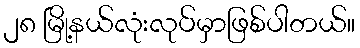
၂၈ မြို့နယ်လုံးလုပ်မှာဖြစ်ပါတယ်။